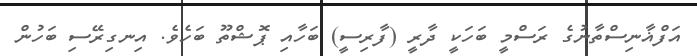
އަފްޣާނިސްތާނުގެ ރަސްމީ ބަހަކީ ދާރީ (ފާރިސީ) ބަހާއި ޕޮޝްތޫ ބަހެވެ. އިނގިރޭސި ބަހުން